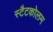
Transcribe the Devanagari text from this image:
स्टैटकोलम